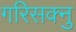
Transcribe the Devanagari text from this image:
गरिसक्नु